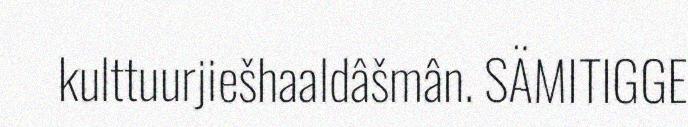
kulttuurjiešhaaldâšmân. SÄMITIGGE